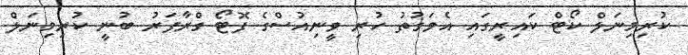
ކުރިމިނަލް ކޯޓް ކައިރީގައި އެވަގުތު ހުރި ވީނިއުސްގެ ފޮޓޯ ގްރާފަރު ބުނީ ކުރިމިނަލް